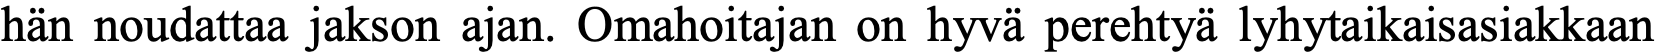
hän noudattaa jakson ajan. Omahoitajan on hyvä perehtyä lyhytaikaisasiakkaan